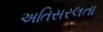
અતિસરલતા